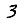
Digit: 3